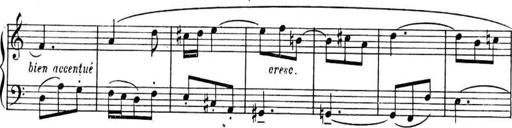
Title: Sonatines
Composer: Hedwige ChrÃ©tien